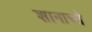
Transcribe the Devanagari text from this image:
शानाची